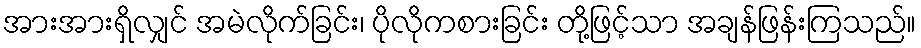
အားအားရှိလျှင် အမဲလိုက်ခြင်း၊ ပိုလိုကစားခြင်း တို့ဖြင့်သာ အချန်ဖြန်းကြသည်။